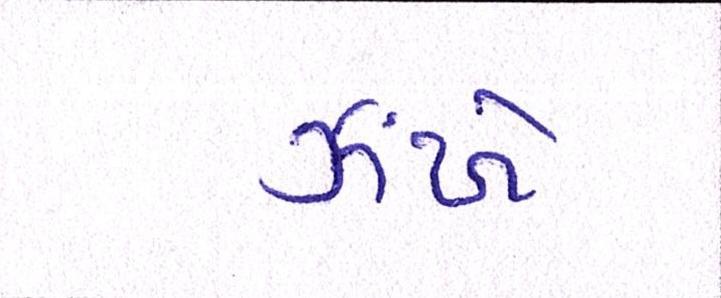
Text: ઝંખે